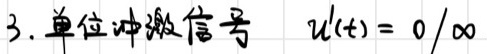
3. 单位冲激信号 $\ u(t)=0/\infty$